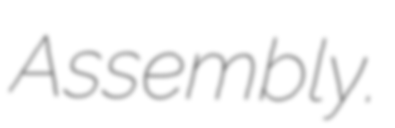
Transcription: Assembly.